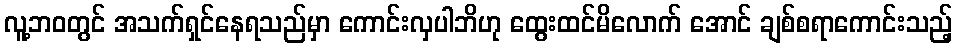
လူ့ဘဝတွင် အသက်ရှင်နေရသည်မှာ ကောင်းလှပါဘိဟု ထွေးထင်မိလောက် အောင် ချစ်စရာကောင်းသည့်